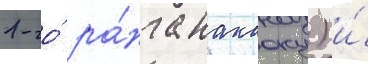
1-го́ ра́нга накаоку) и́